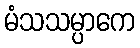
မံသသမ္ပာကေ